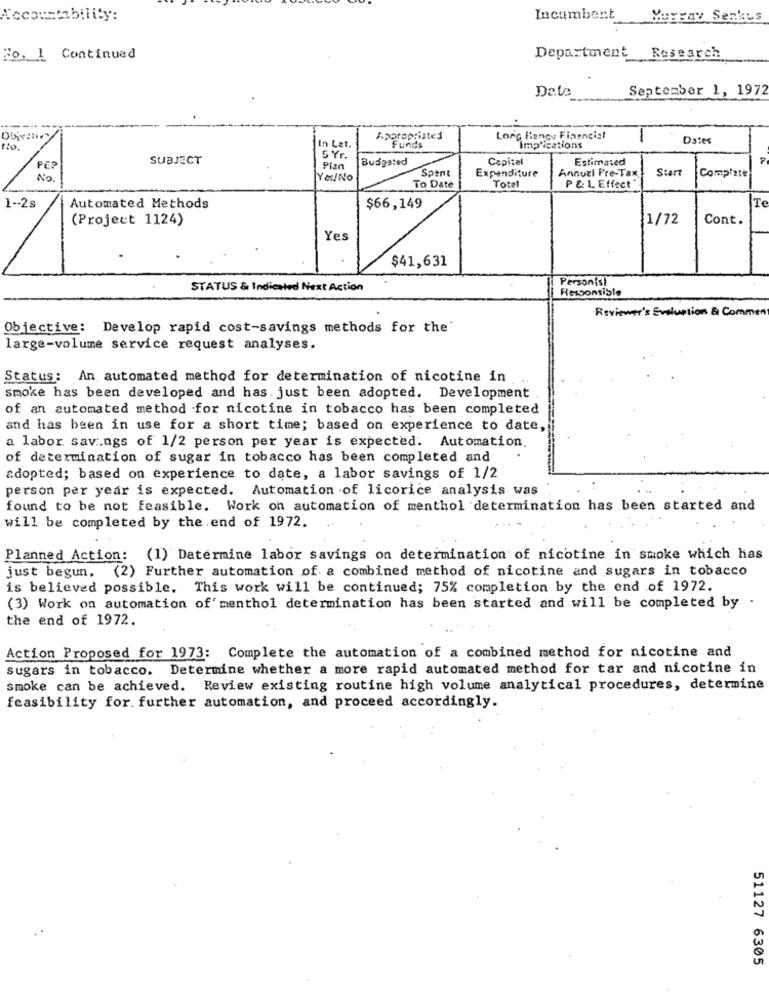
Accountability:
Incumbent
Murray Senkus
Ho. 1 Continued
Department Research
September 1, 1972
Appropriates
Long Ilangy Fineneist
Da:es
In Let.
Funds
Implications
SUBJECT
5 Yr.
Busgated
Capital
Estimated
PE?
Plan
Spent
Expenditure
Annuel Pre-Tax,
Start
No.
YHLINO
Compiste
To Date
Total
P & L Effect"
Te
1 -- 2s
Automated Methods
$66,149
(Project 1124)
1/72
Cont.
Yes
$41,631
Person(s)
STATUS & Indicated Next Action
Responsible
Reviewer's Evaluation & Commen
Objective: Develop rapid cost-savings methods for the'
large-volume service request analyses.
Status: An automated method for determination of nicotine in
smoke has been developed and has. just been adopted. Development
of an automated method for nicotine in tobacco has been completed
and has been in use for a short time; based on experience to date,
a labor savings of 1/2 person per year is expected. Automation.
of determination of sugar in tobacco has been completed and
adopted; based on experience to date, a labor savings of 1/2
person per year is expected. Automation of licorice analysis was
found to be not feasible. Work on automation of menthol determination has been started and
will be completed by the end of 1972.
Planned Action: (1) Determine labor savings on determination of nicotine in smoke which has
just begun. (2) Further automation of a combined method of nicotine and sugars in tobacco
is believed possible. This work will be continued; 75% completion by the end of 1972.
(3) Work on automation of' menthol determination has been started and will be completed by
the end of 1972.
Action Proposed for 1973: Complete the automation of a combined method for nicotine and
sugars in tobacco. Determine whether a more rapid automated method for tar and nicotine in
smoke can be achieved. Review existing routine high volume analytical procedures, determine
feasibility for. further automation, and proceed accordingly.
51127 6305